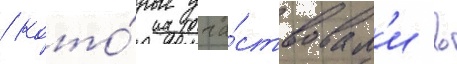
/ кото́рые уча́ствовал'и в